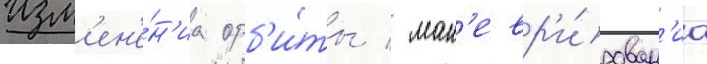
изм'ен'е́н'иа орб'и́ты / ман'евр'и́рован'иа